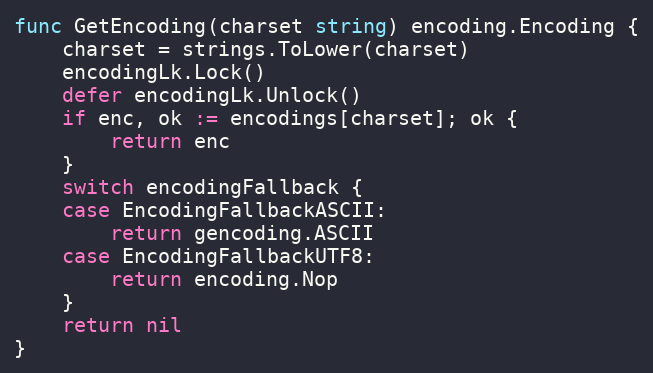
Language: Go
func GetEncoding(charset string) encoding.Encoding {
	charset = strings.ToLower(charset)
	encodingLk.Lock()
	defer encodingLk.Unlock()
	if enc, ok := encodings[charset]; ok {
		return enc
	}
	switch encodingFallback {
	case EncodingFallbackASCII:
		return gencoding.ASCII
	case EncodingFallbackUTF8:
		return encoding.Nop
	}
	return nil
}